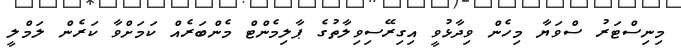
މިނިސްޓަރު ސްވަޔާ މިހެން ވިދާޅުވީ އިގިރޭސިވިލާތުގެ ޕާލިމެންޓް މެންބަރެއް ކަމަށްވާ ކަރެން ލަމްލީ